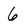
Character: 6